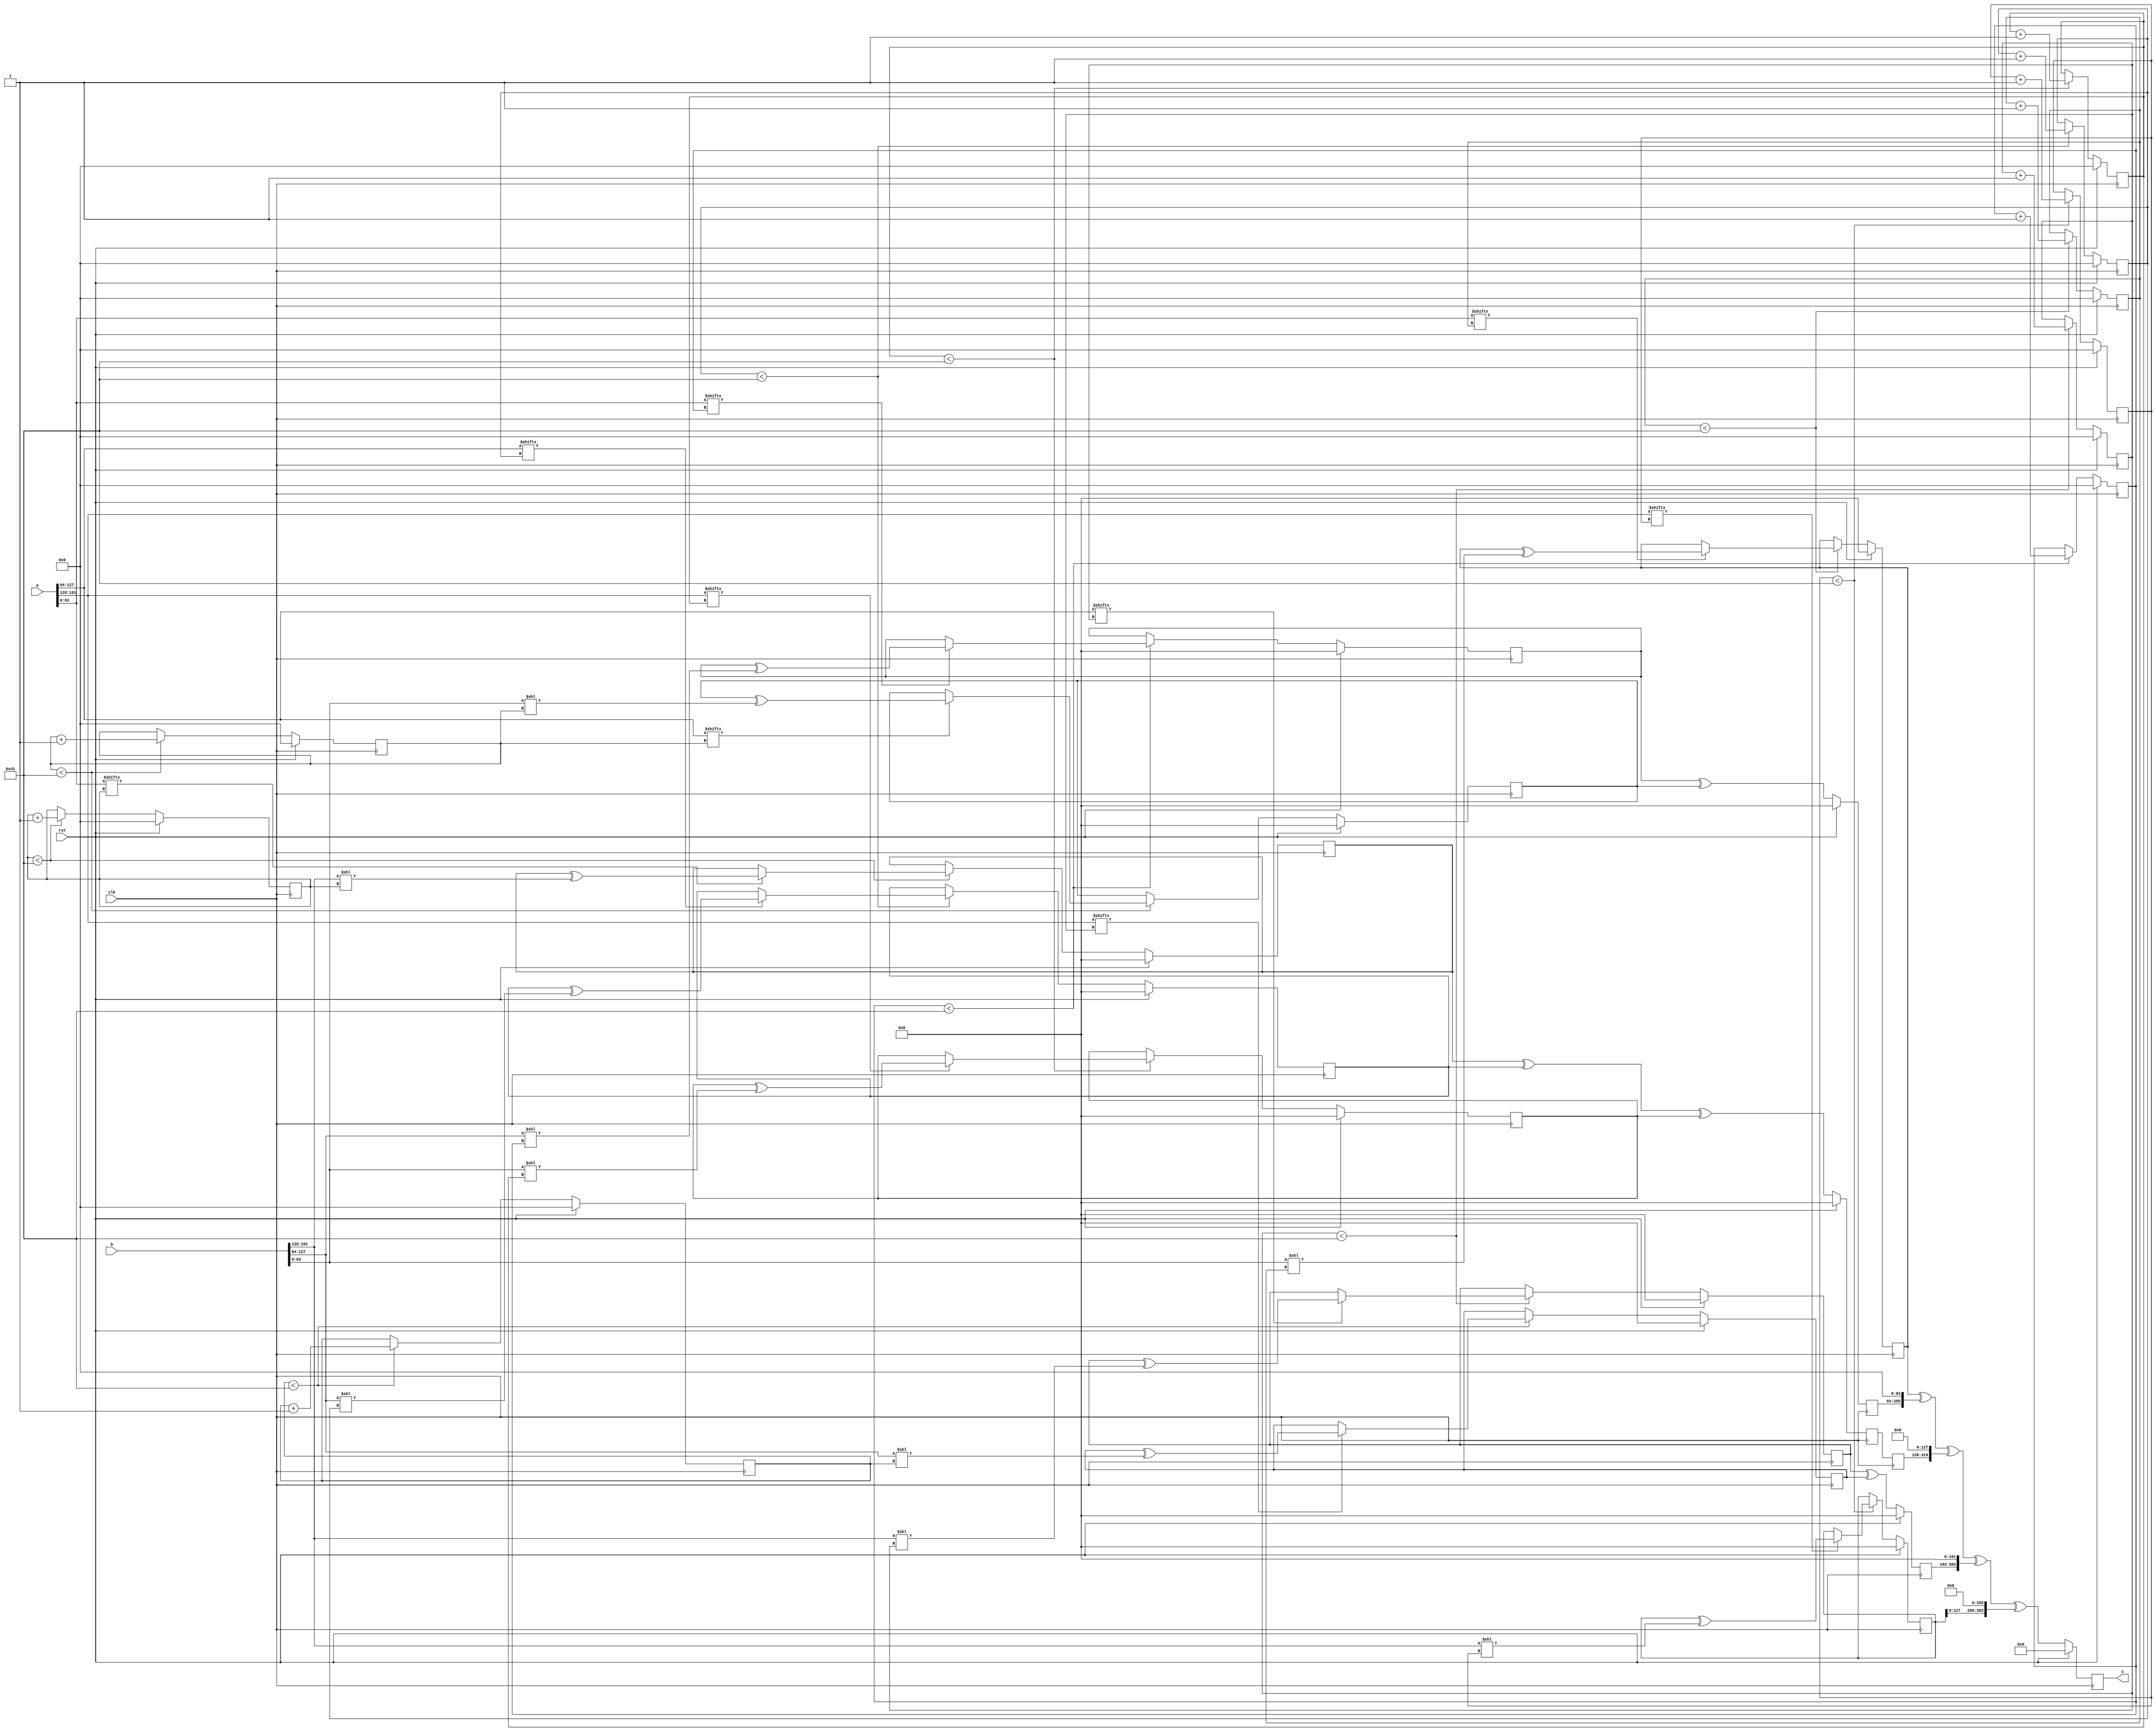
// TalTech large integer multiplier library
// Multiplier type: three_way_toom_cook
// Parameters: 192 192 2
// Target tool: genus
// Counters deceleration for each step of 3-Way TCM multiplier
// To store intermediate multiplication results of 3-Way TCM multiplier
module three_way_toom_cook(clk, rst, a, b, c);
input clk;
input rst;
input [191:0] a;
input [191:0] b;
output reg [383:0] c;

// Pipeline register declaration 
reg [191:0] c_temp_1;

// Wires declaration 
wire  [63:0] a0;
wire  [63:0] a1;
wire  [63:0] a2;
wire  [63:0] b0;
wire  [63:0] b1;
wire  [63:0] b2;

// Registers declaration 
reg  [63:0] counter_d;
reg  [63:0] counter_e1;
reg  [63:0] counter_e2;
reg  [63:0] counter_f1;
reg  [63:0] counter_f2;
reg  [63:0] counter_f3;
reg  [63:0] counter_g1;
reg  [63:0] counter_g2;
reg  [63:0] counter_h;
reg  [191:0] d;
reg  [191:0] e1_mul;
reg  [191:0] e2_mul;
reg  [191:0] e;
reg  [191:0] f1_mul;
reg  [191:0] f2_mul;
reg  [191:0] f3_mul;
reg  [191:0] f;
reg  [191:0] g1_mul;
reg  [191:0] g2_mul;
reg  [191:0] g;
reg  [191:0] h;
reg  [383:0] temp;

// Initial assignments to wires
assign a0 = a[63:0];
assign a1 = a[127:64];
assign a2 = a[191:128];
assign b0 = b[63:0];
assign b1 = b[127:64];
assign b2 = b[191:128];

// Step-1 of 3-Way TCM Multiplier
always @(posedge clk) begin
	if (rst) begin
		d <= 192'd0;
		counter_d <= 64'd0;
	end
	else if (counter_d < 65) begin
		if (a2[counter_d] == 1'b1) begin
			d <= d ^ (b2 << counter_d);
			counter_d <= counter_d + 1;
		end
		counter_d <= counter_d + 1;
	end
end

// Step-2 (Part-1) of 3-Way TCM Multiplier
always @(posedge clk) begin
	if (rst) begin
		e1_mul <= 192'd0;
		counter_e1 <= 64'd0;
	end
	else if (counter_e1 < 65) begin
		if (a1[counter_e1] == 1'b1) begin
			e1_mul <= e1_mul ^ (b2 << counter_e1);
			counter_e1 <= counter_e1 + 1;
		end
		counter_e1 <= counter_e1 + 1;
	end
end

// Step-2 (Part-2) of 3-Way TCM Multiplier
always @(posedge clk) begin
	if (rst) begin
		e2_mul <= 192'd0;
		counter_e2 <= 64'd0;
	end
	else if (counter_e2 < 65) begin
		if (a2[counter_e1] == 1'b1) begin
			e2_mul <= e2_mul ^ (b1 << counter_e2);
			counter_e2 <= counter_e2 + 1;
		end
		counter_e2 <= counter_e2 + 1;
	end
end

// Step-2 (Part-3) of 3-Way TCM Multiplier
always @(posedge clk) begin
	if (rst) begin
		e <= 192'd0;
	end
	else begin
		e <= e1_mul ^ e2_mul; 
	end
end

// Step-3 (Part-1) of 3-Way TCM Multiplier
always @(posedge clk) begin
	if (rst) begin
		f1_mul <= 192'd0;
		counter_f1 <= 64'd0;
	end
	else if (counter_f1 < 65) begin
		if (a0[counter_f1] == 1'b1) begin
			f1_mul <= f1_mul ^ (b2 << counter_f1);
			counter_f1 <= counter_f1 + 1;
		end
		counter_f1 <= counter_f1 + 1;
	end
end

// Step-3 (Part-2) of 3-Way TCM Multiplier
always @(posedge clk) begin
	if (rst) begin
		f2_mul <= 192'd0;
		counter_f2 <= 64'd0;
	end
	else if (counter_f2 < 65) begin
		if (a1[counter_f2] == 1'b1) begin
			f2_mul <= f2_mul ^ (b1 << counter_f2);
			counter_f2 <= counter_f2 + 1;
		end
		counter_f2 <= counter_f2 + 1;
	end
end

// Step-3 (Part-3) of 3-Way TCM Multiplier
always @(posedge clk) begin
	if (rst) begin
		f3_mul <= 192'd0;
		counter_f3 <= 64'd0;
	end
	else if (counter_f3 < 65) begin
		if (a2[counter_f3] == 1'b1) begin
			f3_mul <= f3_mul ^ (b0 << counter_f3);
			counter_f3 <= counter_f3 + 1;
		end
		counter_f3 <= counter_f3 + 1;
	end
end

// Step-3 (Part-4) of 3-Way TCM Multiplier
always @(posedge clk) begin
	if (rst) begin
		f <= 192'd0;
	end
	else begin
		f <= f1_mul ^ f2_mul ^ f3_mul; 
	end
end

// Step-4 (Part-1) of 3-Way TCM Multiplier
always @(posedge clk) begin
	if (rst) begin
		g1_mul <= 192'd0;
		counter_g1 <= 64'd0;
	end
	else if (counter_g1 < 65) begin
		if (a0[counter_g1] == 1'b1) begin
			g1_mul <= g1_mul ^ (b1 << counter_g1);
			counter_g1 <= counter_g1 + 1;
		end
		counter_g1 <= counter_g1 + 1;
	end
end

// Step-4 (Part-2) of 3-Way TCM Multiplier
always @(posedge clk) begin
	if (rst) begin
		g2_mul <= 192'd0;
		counter_g2 <= 64'd0;
	end
	else if (counter_g2 < 65) begin
		if (a1[counter_g2] == 1'b1) begin
			g2_mul <= g2_mul ^ (b0 << counter_g2);
			counter_g2 <= counter_g2 + 1;
		end
		counter_g2 <= counter_g2 + 1;
	end
end

// Step-4 (Part-3) of 3-Way TCM Multiplier
always @(posedge clk) begin
	if (rst) begin
		g <= 192'd0;
	end
	else begin
		g <= g1_mul ^ g2_mul; 
	end
end

// Step-5 of 3-Way TCM Multiplier
always @(posedge clk) begin
	if (rst) begin
		h <= 192'd0;
		counter_h <= 64'd0;
	end
	else if (counter_h < 65) begin
		if (a0[counter_h] == 1'b1) begin
			h <= h ^ (b0 << counter_h);
			counter_h <= counter_h + 1;
		end
	counter_h <= counter_h + 1;
	end
end

// Step-6 of 3-Way TCM Multiplier
always @(posedge clk) begin
	if (rst) begin
		temp = 384'd0;
		c = 384'd0;
	end
	else begin
		temp = h;
		temp = temp ^ (g << 64);
		temp = temp ^ (c_temp_1 << 128);
		temp = temp ^ (e << 192);
		temp = temp ^ (d << 256);
		c = temp;
	end
end

// pipeline stages
always @(posedge clk) begin
	c_temp_1 <= f;
end
endmodule